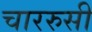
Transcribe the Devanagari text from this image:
चाररुसी